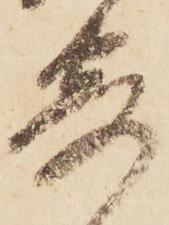
寄